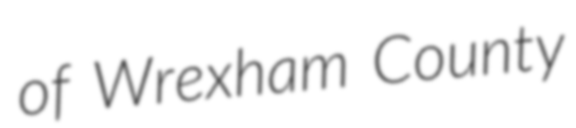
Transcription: of Wrexham County